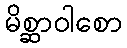
မိစ္ဆာဝါစော